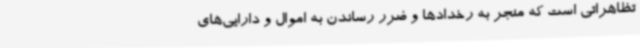
تظاهراتی است که منجر به رخدادها و ضرر رساندن به اموال و دارایی‌های